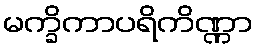
မက္ခိကာပရိကိဏ္ဏာ